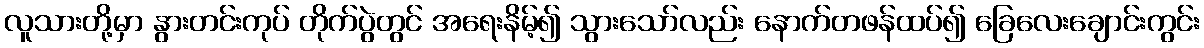
လူသားတို့မှာ နွားတင်းကုပ် တိုက်ပွဲတွင် အရေးနိမ့်၍ သွားသော်လည်း နောက်တဖန်ထပ်၍ ခြေလေးချောင်းကွင်း